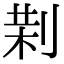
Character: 𠝚